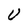
Character: U